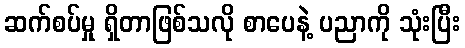
ဆက်စပ်မှု ရှိတာဖြစ်သလို စာပေနဲ့ ပညာကို သုံးပြီး